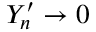
Y _ { n } ^ { \prime } \rightarrow 0